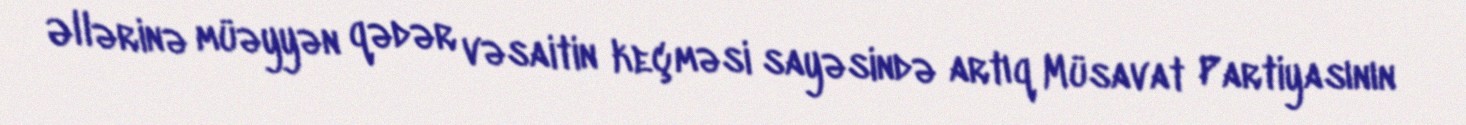
Əllərinə müəyyən qədər vəsaitin keçməsi sayəsində artıq Müsavat Partiyasının